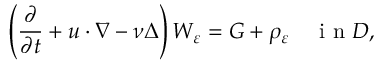
\left( \frac { \partial } { \partial t } + u \cdot \nabla - \nu \Delta \right) W _ { \varepsilon } = G + \rho _ { \varepsilon } \quad \textrm { i n } D ,